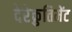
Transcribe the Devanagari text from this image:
देरेक्रुतिमेंट